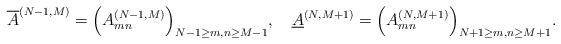
\begin{align*}\overline{A}^{(N-1,M)}=\Bigl(A^{(N-1,M)}_{mn}\Bigr)_{N-1\ge m,n\ge M-1},\quad\underline{A}^{(N,M+1)}=\Bigl(A^{(N,M+1)}_{mn}\Bigr)_{N+1\ge m,n\ge M+1}.\end{align*}